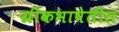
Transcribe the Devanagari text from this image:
ग्रीकभाषेतील